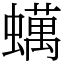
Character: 蠇